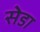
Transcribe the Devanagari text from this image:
सेडा